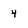
Character: 4